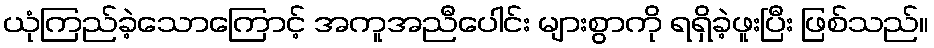
ယုံကြည်ခဲ့သောကြောင့် အကူအညီပေါင်း များစွာကို ရရှိခဲ့ဖူးပြီး ဖြစ်သည်။